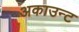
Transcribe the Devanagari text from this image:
अकाउन्ट